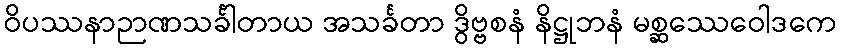
ဝိပဿနာဉာဏသင်္ခါတာယ အသင်္ခတာ ဒွိဗ္ဗစနံ နိဋ္ဌုဘနံ မစ္ဆဿေဝေါဒကေ